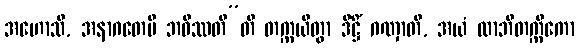
အဟောသိ, အနာဂတေပိ ဘဝိဿတီ”တိ တက္ကယိတွာ ဒိဋ္ဌိံ ဂဏှာတိ, အယံ လာဘီတက္ကိကော